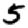
Digit: 5